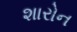
શારોન